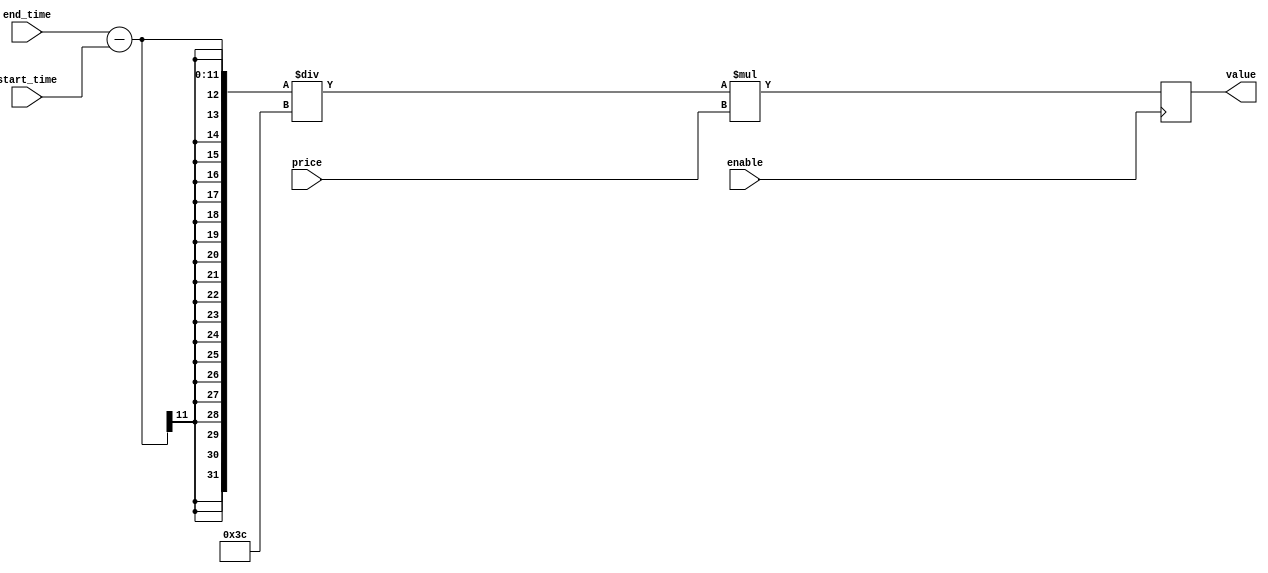
`timescale 1ns / 1ps
//////////////////////////////////////////////////////////////////////////////////
// Company: 
// Engineer: 
// 
// Design Name: 
// Module Name: charge
// Project Name: 
// Target Devices: 
// Tool Versions: 
// Description: 
// 
// Dependencies: 
// 
// Revision:
// Revision 0.01 - File Created
// Additional Comments:
// 
//////////////////////////////////////////////////////////////////////////////////


module charge(
    input enable,
    input [10:0] start_time, 
    input [10:0] end_time,
    input [6:0] price, // Max price 64
    output reg [10:0] value // Max value 1024 value = (end_time - start_time) / 60 * price
    );
    always @ (posedge enable)
        begin
            if (enable)
                begin
                    value <= (end_time - start_time) / 60 * price;
                end
            else
                value = 0;   
        end
endmodule